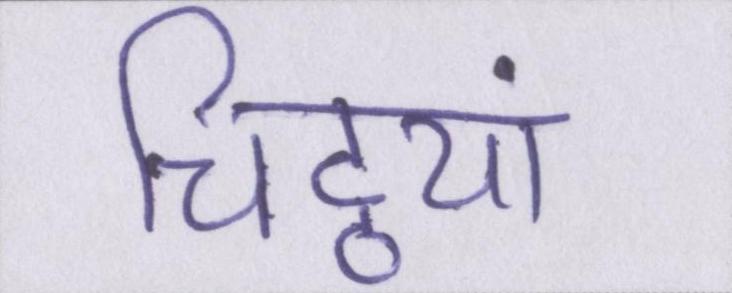
चिट्ठयां